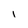
Character: 1